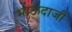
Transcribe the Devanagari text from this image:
भाऊदाजी